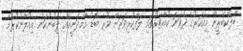
ބްލެކްބެރީން މިއަހަރުގެ ދެވަނަ ކުއާޓަރުގައި ލަފާކުރިވަރަށް ވުރެ ބޮޑު އާމްދަނީއެއް ލިބުނުކަން އިއުލާނުކުރުމާ